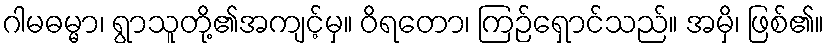
ဂါမဓမ္မာ၊ ရွာသူတို့၏အကျင့်မှ။ ဝိရတော၊ ကြဉ်ရှောင်သည်။ အမှိ၊ ဖြစ်၏။